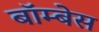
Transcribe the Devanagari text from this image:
बॉम्बेस